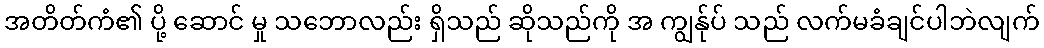
အတိတ်ကံ၏ ပို့ ဆောင် မှု သဘောလည်း ရှိသည် ဆိုသည်ကို အ ကျွန်ုပ် သည် လက်မခံချင်ပါဘဲလျက်